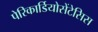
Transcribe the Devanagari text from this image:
पेरिकार्डियोसेंटेसिस